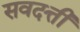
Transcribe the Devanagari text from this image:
सवदत्ती